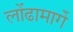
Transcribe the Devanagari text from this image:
लोंढामार्गे